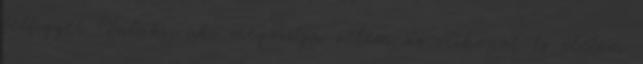
felfigyel Valaki, aki megosztja velem az otthonát és életem